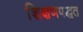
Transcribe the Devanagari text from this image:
शिक्षणपद्धत